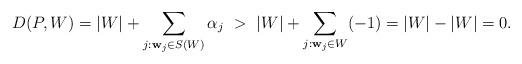
LaTeX: \begin{align*}D(P,W)=|W|+ \sum_{j:\mathbf{w}_j\in S(W)} \alpha_j~>~ |W|+ \sum_{j:\mathbf{w}_j\in W} (-1) =|W|-|W|=0.\end{align*}